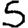
Digit: 5